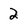
Character: 2